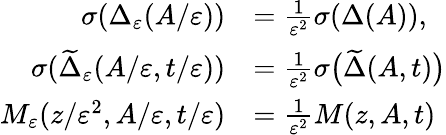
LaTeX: \begin{array}{rl}{\sigma(\Delta_{\varepsilon}(A/\varepsilon))}&{=\frac{1}{\varepsilon^{2}}\sigma(\Delta(A)),}\\ {\sigma(\widetilde{\Delta}_{\varepsilon}(A/\varepsilon,t/\varepsilon))}&{=\frac{1}{\varepsilon^{2}}\sigma\big(\widetilde{\Delta}(A,t)\big)}\\ {M_{\varepsilon}(z/\varepsilon^{2},A/\varepsilon,t/\varepsilon)}&{=\frac{1}{\varepsilon^{2}}M(z,A,t)}\end{array}